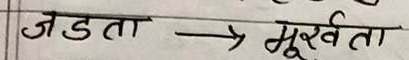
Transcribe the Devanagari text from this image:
जड़ता → मूर्खता